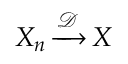
\displaystyle X _ { n } \, { \xrightarrow { \mathcal { D } } } \, X